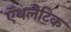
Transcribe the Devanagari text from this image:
ऍथलेटिक